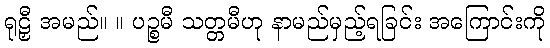
ရုဠှီ အမည်။ ။ ပဉ္စမီ သတ္တမီဟု နာမည်မှည့်ရခြင်း အကြောင်းကို